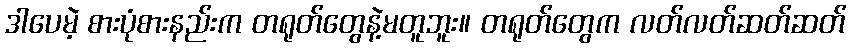
ဒါပေမဲ့ စားပုံစားနည်းက တရုတ်တွေနဲ့မတူဘူး။ တရုတ်တွေက လတ်လတ်ဆတ်ဆတ်